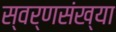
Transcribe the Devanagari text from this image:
स्वर्णसंख्या